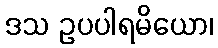
ဒသ ဥပပါရမိယော၊